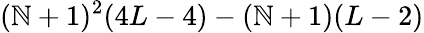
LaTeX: (\mathbb{N}+1)^{2}(4L-4)-(\mathbb{N}+1)(L-2)